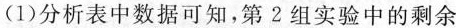
(1)分析表中数据可知，第2组实验中的剩余